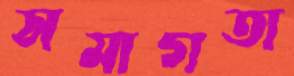
সমাগতা